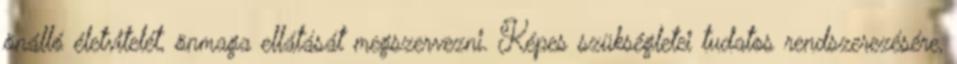
önálló életvitelét, önmaga ellátását megszervezni. Képes szükségletei tudatos rendszerezésére,